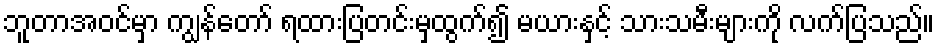
ဘူတာအဝင်မှာ ကျွန်တော် ရထားပြတင်းမှထွက်၍ မယားနှင့် သားသမီးများကို လက်ပြသည်။